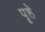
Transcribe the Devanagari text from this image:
पॄष्ठे